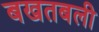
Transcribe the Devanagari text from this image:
बखतबली